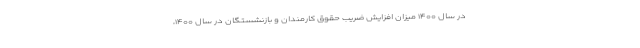
در سال ۱۴۰۰ میزان افزایش ضریب حقوق کارمندان و بازنشستگان در سال ۱۴۰۰،